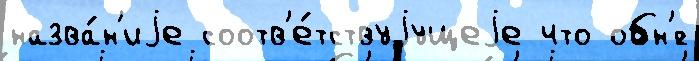
назва́н'иjе соотв'е́тствуjущеjе что обн'́с